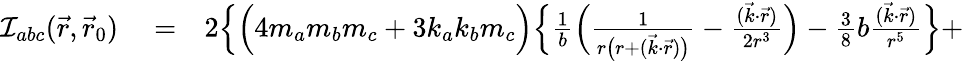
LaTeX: \begin{array}{rlr}{{\cal I}_{abc}(\vec{r},\vec{r}_{0})}&{{}=}&{2\Big\{ \Big(4m_{a}m_{b}m_{c}+3k_{a}k_{b}m_{c}\Big)\Big\{ \frac{1}{b}\Big(\frac{1}{r\big(r+(\vec{k}\cdot\vec{r})\big)}-\frac{(\vec{k}\cdot\vec{r})}{2r^{3}}\Big)-{\textstyle\frac{3}{8}}b\frac{(\vec{k}\cdot\vec{r})}{r^{5}}\Big\} +}\end{array}